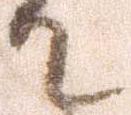
て